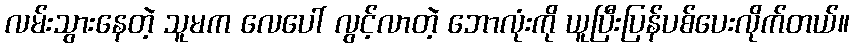
လမ်းသွားနေတဲ့ သူမက လေပေါ် လွင့်လာတဲ့ ဘောလုံးကို ယူပြီးပြန်ပစ်ပေးလိုက်တယ်။